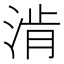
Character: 𰜀